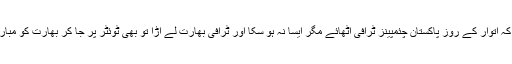
میری امید تو یہی ہے کہ اتوار کے روز پاکستان چئمپینز ٹرافی اٹھائے مگر ایسا نہ ہو سکا اور ٹرافی بھارت لے اڑا تو بھی ٹوئٹر پر جا کر بھارت کو مبارک باد دینا تو بنتا ہے!